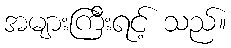
အများကြီးရင့် သည်။